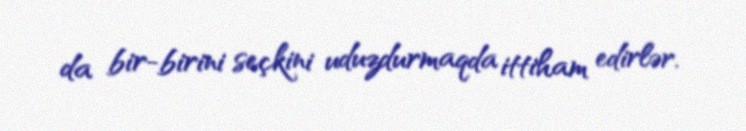
da bir-birini seçkini uduzdurmaqda ittiham edirlər.